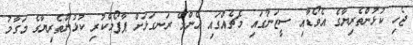
ޖެހި ކުޅުންތެރިޔާގެ އެވޯޑާއި ސީޒަނުގައި މެޗެއްގައި އެންމެ ރަނގަޅަށް ޕާފޯމްކުރި ކުޅުންތެރިޔާގެ މަގާމު